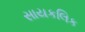
સાયકલિક